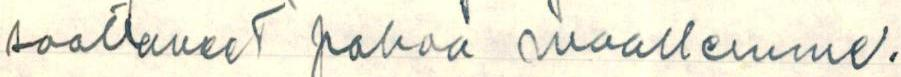
saattaneet pahaa maallemme.